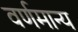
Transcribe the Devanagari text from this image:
वर्णमान्य